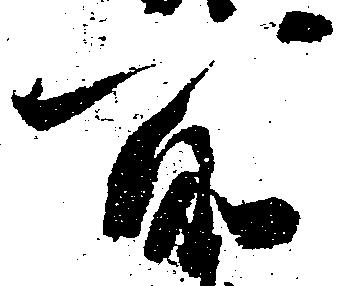
所